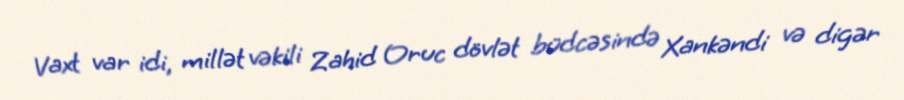
Vaxt var idi, millət vəkili Zahid Oruc dövlət büdcəsində Xankəndi və digər